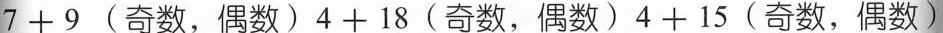
$$7 + 9$$(奇数，偶数)$$4 + 1 8$$(奇数，偶数)$$4 + 1 5$$(奇数，偶数)